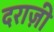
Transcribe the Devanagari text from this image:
दराज़ी